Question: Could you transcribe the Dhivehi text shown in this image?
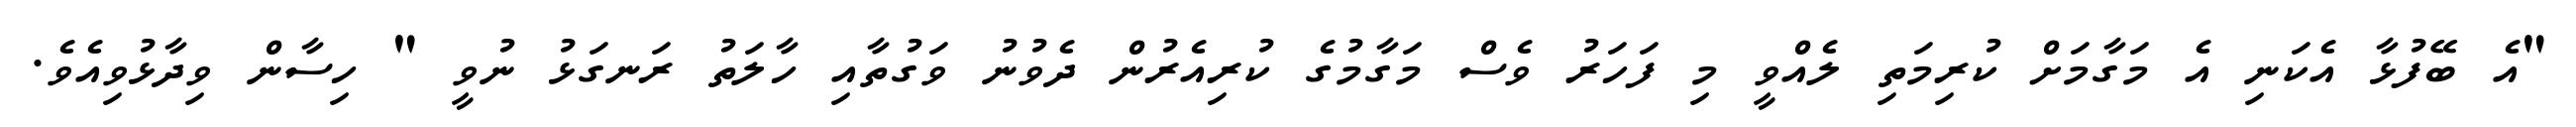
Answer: "އެ ބޭފުޅާ އެކަނި އެ މަގާމަށް ކުރިމަތި ލެއްވީ މި ފަހަރު ވެސް މަގާމުގެ ކުރިއެރުން ދެވުނު ވަގުތާއި ހާލަތު ރަނގަޅު ނުވީ " ހިސާން ވިދާޅުވިއެވެ.